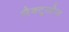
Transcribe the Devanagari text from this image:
लैक्टूलोज